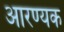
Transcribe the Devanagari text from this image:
आरण्‍यक